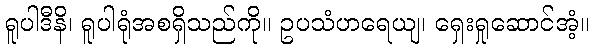
ရူပါဒီနိ၊ ရူပါရုံအစရှိသည်ကို။ ဥပသံဟရေယျ၊ ရှေးရှုဆောင်အံ့။